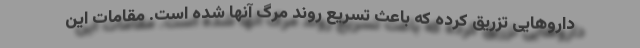
داروهایی تزریق کرده که باعث تسریع روند مرگ آنها شده است. مقامات این